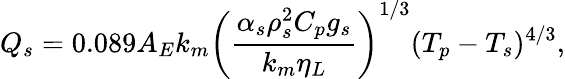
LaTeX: Q_{s}=0.089A_{E}k_{m}\left(\frac{\alpha_{s}\rho_{s}^{2}C_{p}g_{s}}{k_{m}\eta_{L}}\right)^{1/3}(T_{p}-T_{s})^{4/3},